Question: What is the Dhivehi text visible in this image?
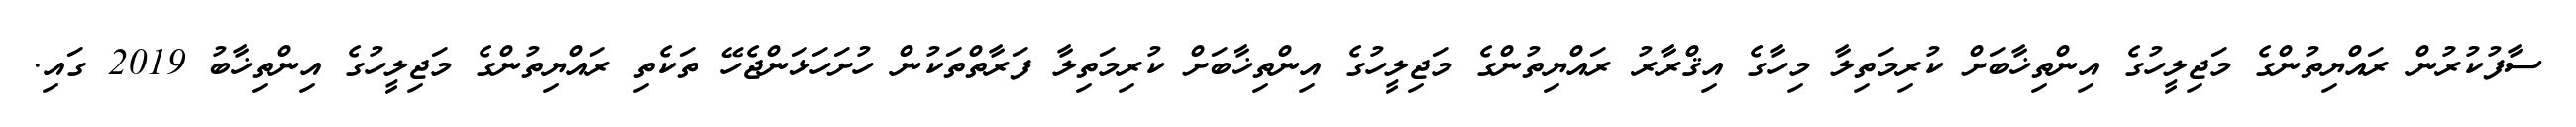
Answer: ސާފުކުރުން ރައްޔިތުންގެ މަޖިލީހުގެ އިންތިޚާބަށް ކުރިމަތިލާ މިހާގެ އިޤްރާރު ރައްޔިތުންގެ މަޖިލީހުގެ އިންތިޚާބަށް ކުރިމަތިލާ ފަރާތްތަކުން ހުށަހަޅަންޖެހޭ ތަކެތި ރައްޔިތުންގެ މަޖިލީހުގެ އިންތިޚާބު 2019 ގައި.